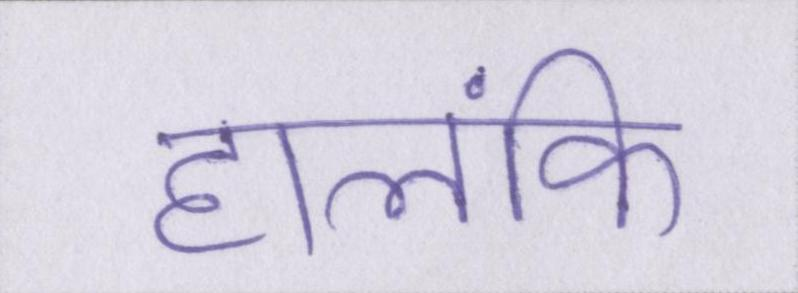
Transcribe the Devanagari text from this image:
हालंकि